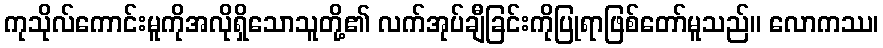
ကုသိုလ်ကောင်းမူကိုအလိုရှိသောသူတို့၏ လက်အုပ်ချီခြင်းကိုပြုရာဖြစ်တော်မူသည်။ လောကဿ၊